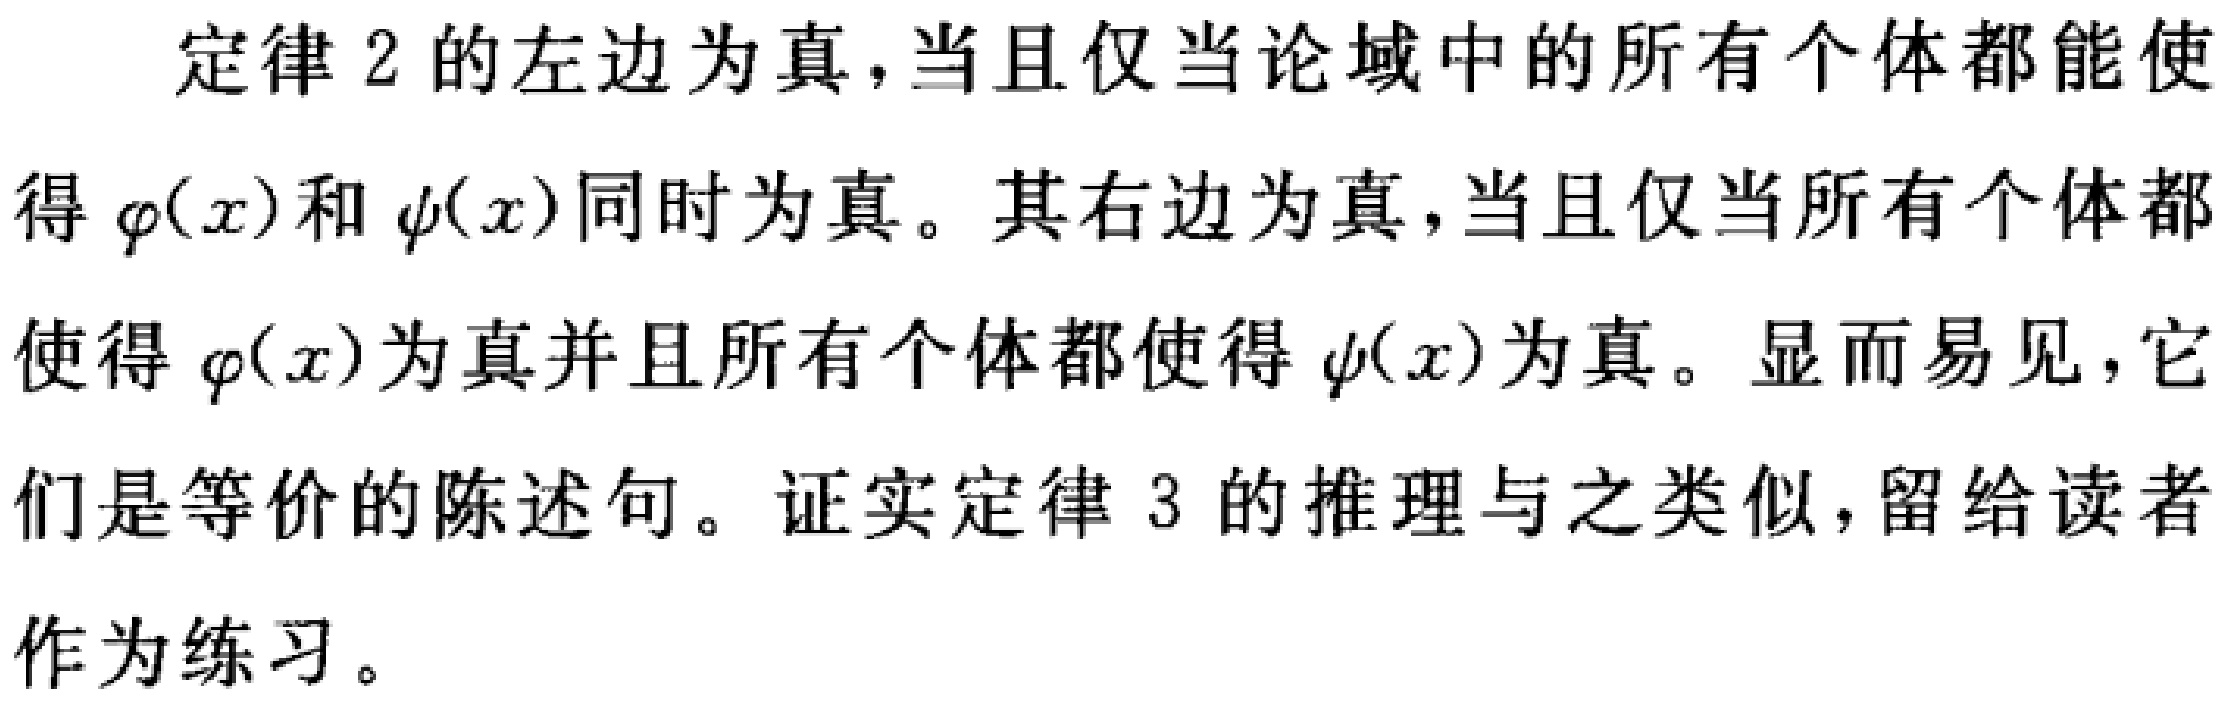
定律 2 的左边为真，当且仅当论域中的所有个体都能使
得\(\varphi(x)\)和\(\psi(x)\)同时为真。其右边为真，当且仅当所有个体都
使得\(\varphi(x)\)为真并且所有个体都使得\(\psi(x)\)为真。显而易见，它
们是等价的陈述句。证实定律 3 的推理与之类似，留给读者
作为练习。